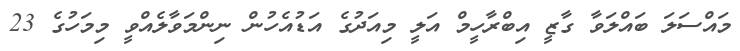
މައްސަލަ ބައްލަވާ ގާޒީ އިބްރާހީމް އަލީ މިއަދުގެ އަޑުއެހުން ނިންމަވާލެއްވީ މިމަހުގެ 23